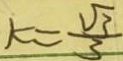
k = \frac { \sqrt { 3 } } { 3 }